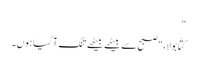
"
کتّا بولا، "صبح سے بیٹھے بیٹھے تنگ آ گیا ہوں۔